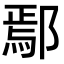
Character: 鄢